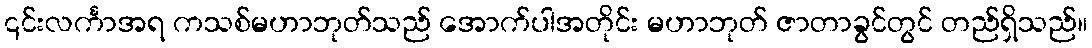
၎င်းလင်္ကာအရ ကသစ်မဟာဘုတ်သည် အောက်ပါအတိုင်း မဟာဘုတ် ဇာတာခွင်တွင် တည်ရှိသည်။